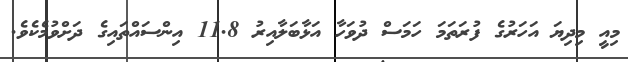
މިއީ މިދިޔަ އަހަރުގެ ފުރަތަމަ ހަމަސް ދުވަހާ އަޅާބަލާއިރު 11.8 އިންސައްތައިގެ ދަށްވުމެކެވެ.